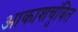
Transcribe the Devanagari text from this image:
आकाशचुंबित